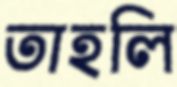
তাহলি